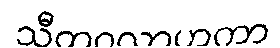
သီတဝလာဟကာ